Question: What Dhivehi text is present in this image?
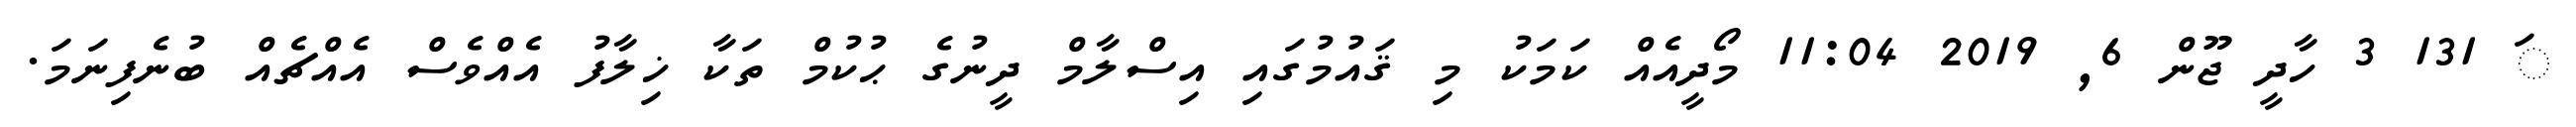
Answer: ަ 131 3 ހާދީ ޖޫން 6, 2019 11:04 މޯދީއެއް ކަމަކު މި ޤައުމުގައި އިސްލާމް ދީނުގެ ޙުކުމް ތަކާ ޚިލާފު އެއްވެސް އެއްޗެއް ބުނެފިނަމަ.